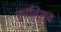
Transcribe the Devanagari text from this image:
कांतिराव